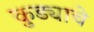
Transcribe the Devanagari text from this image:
कुड्याचे